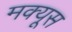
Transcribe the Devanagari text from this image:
मक्यूस